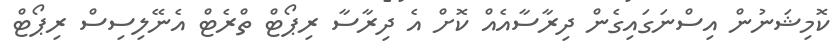
ކޮމިޝަނުން އިސްނަގައިގެން ދިރާސާއެއް ކޮށް އެ ދިރާސާ ރިޕޯޓް ތްރެޓް އެނޭލިސިސް ރިޕޯޓް